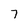
Character: 7